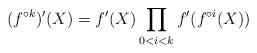
LaTeX: \begin{align*} (f^{\circ k})'(X) = f'(X)\prod_{0 < i <k} f'(f^{\circ i}(X)) \end{align*}